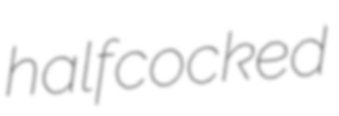
halfcocked